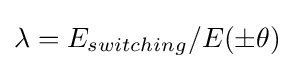
\lambda =E_{switching}/E(\pm \theta )